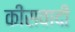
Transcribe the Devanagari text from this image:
कींसवादी